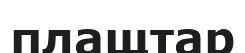
плащтар